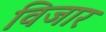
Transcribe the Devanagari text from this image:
विजार